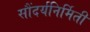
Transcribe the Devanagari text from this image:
सौंदर्यनिर्मिती